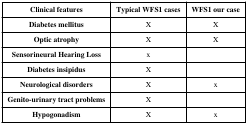
| Clinical features | Typical WFS1 cases | WFS1 our case |
 | --- | --- | --- |
 | Diabetes mellitus | X | X |
 | Optic atrophy | X | X |
 | Sensorineural Hearing Loss | x |  |
 | Diabetes insipidus | X |  |
 | Neurological disorders | X | x |
 | Genito-urinary tract problems | X |  |
 | Hypogonadism | X | x |